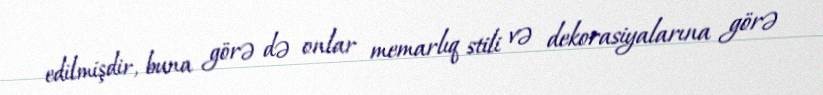
edilmişdir, buna görə də onlar memarlıq stili və dekorasiyalarına görə